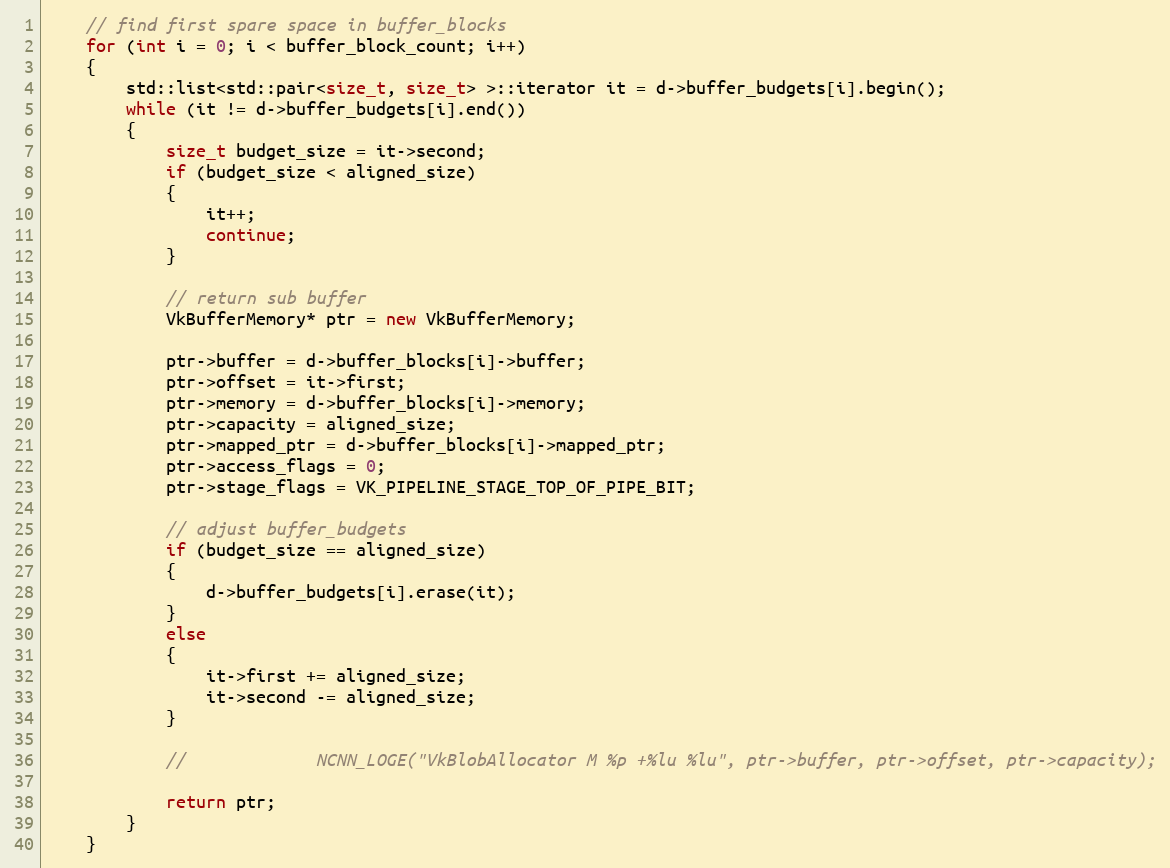
Language: C++
    // find first spare space in buffer_blocks
    for (int i = 0; i < buffer_block_count; i++)
    {
        std::list<std::pair<size_t, size_t> >::iterator it = d->buffer_budgets[i].begin();
        while (it != d->buffer_budgets[i].end())
        {
            size_t budget_size = it->second;
            if (budget_size < aligned_size)
            {
                it++;
                continue;
            }

            // return sub buffer
            VkBufferMemory* ptr = new VkBufferMemory;

            ptr->buffer = d->buffer_blocks[i]->buffer;
            ptr->offset = it->first;
            ptr->memory = d->buffer_blocks[i]->memory;
            ptr->capacity = aligned_size;
            ptr->mapped_ptr = d->buffer_blocks[i]->mapped_ptr;
            ptr->access_flags = 0;
            ptr->stage_flags = VK_PIPELINE_STAGE_TOP_OF_PIPE_BIT;

            // adjust buffer_budgets
            if (budget_size == aligned_size)
            {
                d->buffer_budgets[i].erase(it);
            }
            else
            {
                it->first += aligned_size;
                it->second -= aligned_size;
            }

            //             NCNN_LOGE("VkBlobAllocator M %p +%lu %lu", ptr->buffer, ptr->offset, ptr->capacity);

            return ptr;
        }
    }